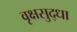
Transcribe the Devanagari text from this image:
वृक्षसुद्धा